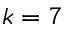
k = 7